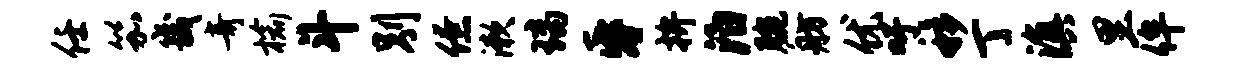
任笳畿奇榆斗别僚漱璃昏拚泊腕舫优吁移丁滇里侔